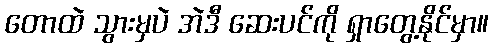
တောထဲ သွားမှပဲ အဲဒီ ဆေးပင်ကို ရှာတွေ့နိုင်မှာ။